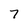
Character: 7